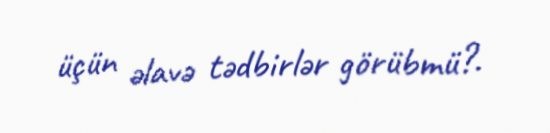
üçün əlavə tədbirlər görübmü?.